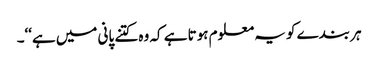
ہر بندے کو یہ معلوم ہوتا ہے کہ وہ کتنے پانی میں ہے‘‘۔